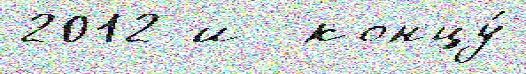
2012 и  концу́